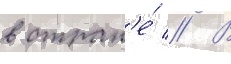
в стран'е́ // В